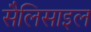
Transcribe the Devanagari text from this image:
सैलिसाइल